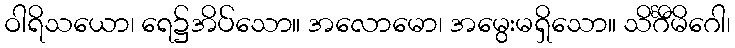
ဝါရိသယော၊ ရေ၌အိပ်သော။ အလောမော၊ အမွေးမရှိသော။ သိင်္ဂီမိဂေါ၊